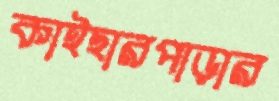
কাইছারপাড়ার